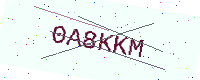
Text: 0A8KKM